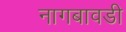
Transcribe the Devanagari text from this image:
नागबावडी